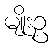
မျိုးဥ